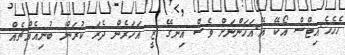
ހެހެހެ.އިޓްސް އޯކޭ އޭ.އަހަންނަށް ވެސް އިނގޭ ޒީ އަހަރެން ދެރަ ކުރަން ބުނިއެއްޗެއް